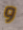
و